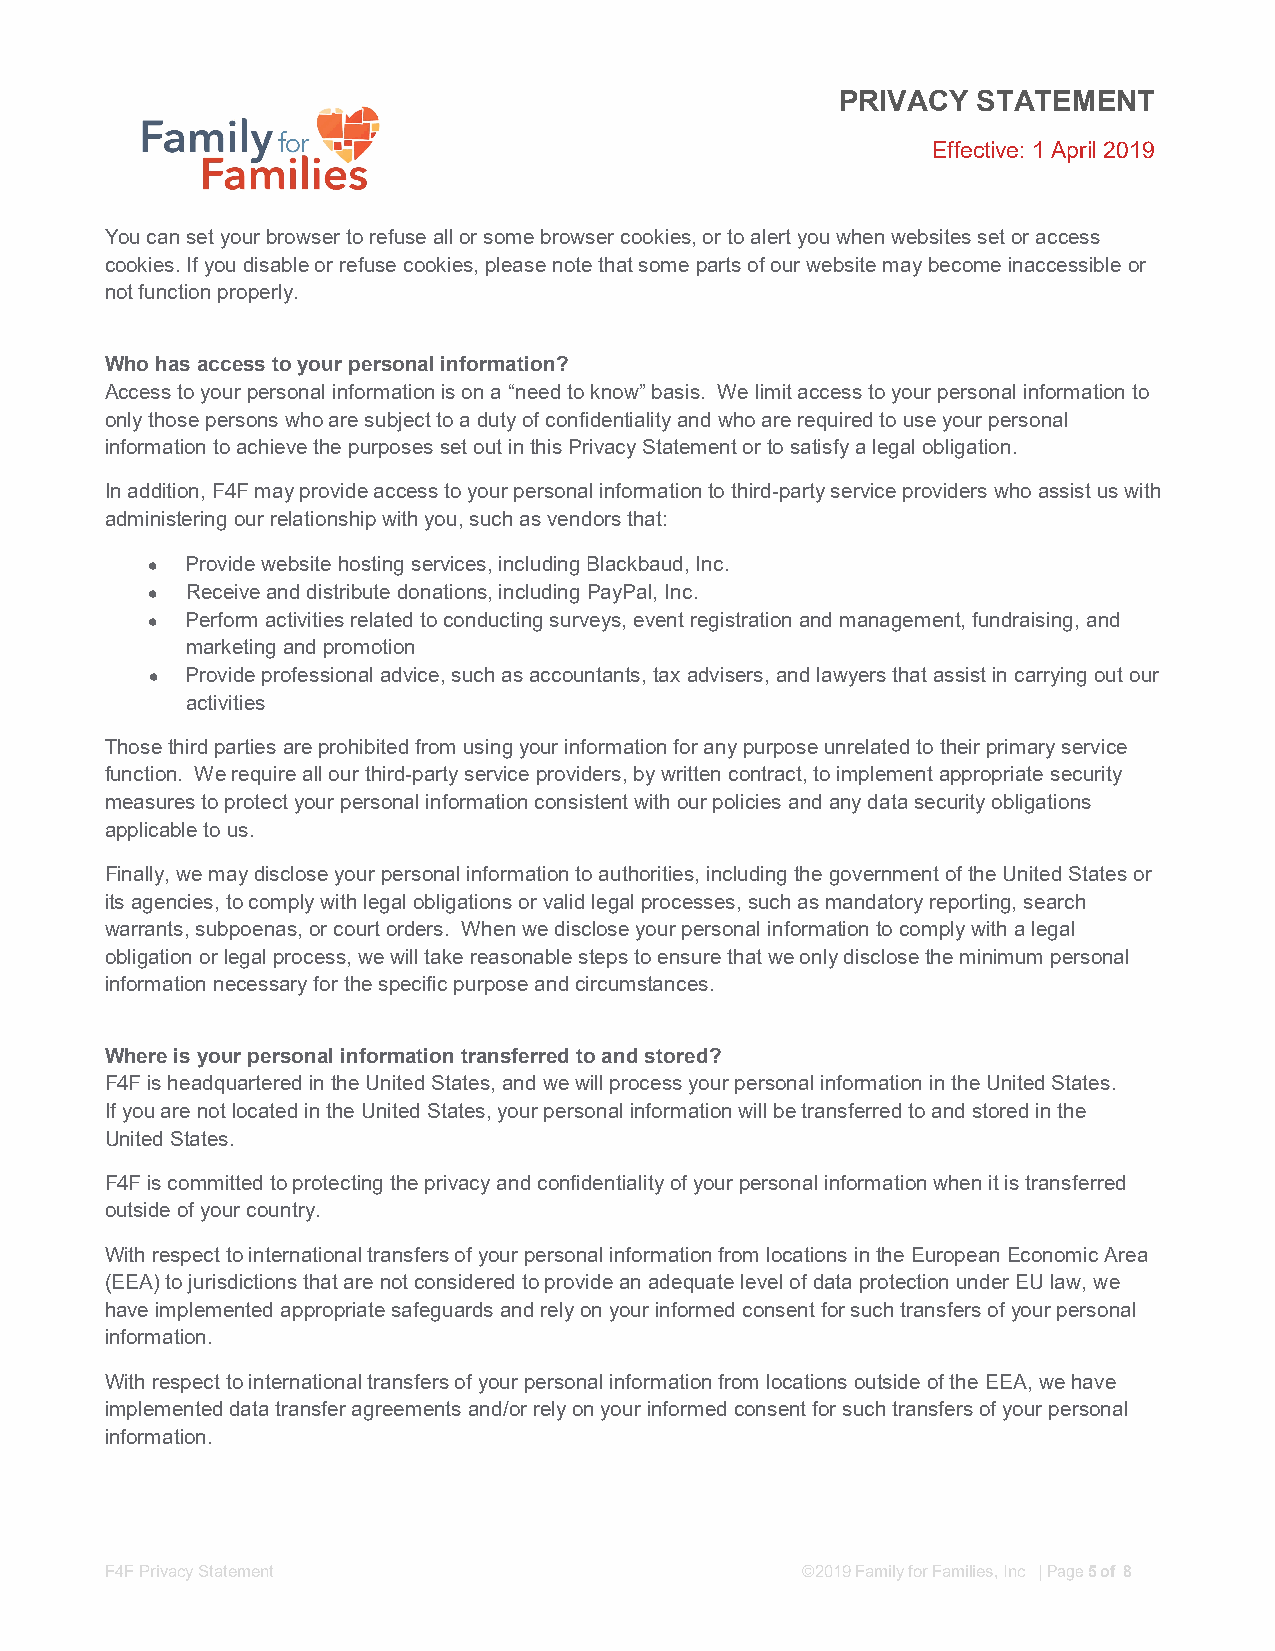
PRIVACY  STATEMENT
 Effective: 1 April 2019
 You can set your browser to refuse all or some browser cookies, or to alert you when websites set or access
 cookies. If you disable or refuse cookies, please note that some parts of our website may become inaccessible or
 not function properly.
 Who has access to your personal information?
 Access to your personal information is on a “need to know” basis. We limit access to your personal information to
 only those persons who are subject to a duty of confidentiality and who are required to use your personal
 information to achieve the purposes set out in this Privacy Statement or to satisfy a legal obligation.
 In addition, F4F may provide access to your personal information to third-party service providers who assist us with
 administering our relationship with you, such as vendors that:
  Provide website hosting services, including Blackbaud, Inc.
  Receive and distribute donations, including PayPal, Inc.
  Perform activities related to conducting surveys, event registration and management, fundraising, and
 marketing and promotion
  Provide professional advice, such as accountants, tax advisers, and lawyers that assist in carrying out our
 activities
 Those third parties are prohibited from using your information for any purpose unrelated to their primary service
 function. We require all our third-party service providers, by written contract, to implement appropriate security
 measures to protect your personal information consistent with our policies and any data security obligations
 applicable to us.
 Finally, we may disclose your personal information to authorities, including the government of the United States or
 its agencies, to comply with legal obligations or valid legal processes, such as mandatory reporting, search
 warrants, subpoenas, or court orders. When we disclose your personal information to comply with a legal
 obligation or legal process, we will take reasonable steps to ensure that we only disclose the minimum personal
 information necessary for the specific purpose and circumstances.
 Where is your personal information transferred to and stored?
 F4F is headquartered in the United States, and we will process your personal information in the United States.
 If you are not located in the United States, your personal information will be transferred to and stored in the
 United States.
 F4F is committed to protecting the privacy and confidentiality of your personal information when it is transferred
 outside of your country.
 With respect to international transfers of your personal information from locations in the European Economic Area
 (EEA) to jurisdictions that are not considered to provide an adequate level of data protection under EU law, we
 have implemented appropriate safeguards and rely on your informed consent for such transfers of your personal
 information.
 With respect to international transfers of your personal information from locations outside of the EEA, we have
 implemented data transfer agreements and/or rely on your informed consent for such transfers of your personal
 information.
 F4F Privacy Statement                         ©2019 Family for Families, Inc | Page 5 of 8